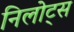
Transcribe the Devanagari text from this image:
निलोट्स